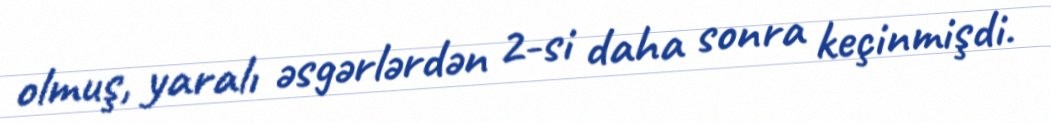
olmuş, yaralı əsgərlərdən 2-si daha sonra keçinmişdi.